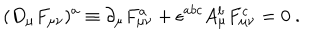
( D _ { \mu } F _ { \mu \nu } ) ^ { a } \equiv \partial _ { \mu } F _ { \mu \nu } ^ { a } + \epsilon ^ { a b c } A _ { \mu } ^ { b } F _ { \mu \nu } ^ { c } = 0 \ .